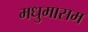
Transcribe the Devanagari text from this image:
मधुमासम